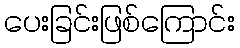
ပေးခြင်းဖြစ်ကြောင်း